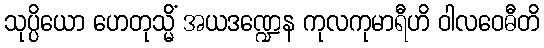
သုပ္ပိယော ဟေတုသ္မိံ အယဒဏ္ဍေန ကုလကုမာရီဟိ ဝါလဝေဓီတိ